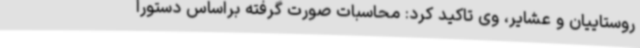
روستاییان و عشایر، وی تاکید کرد: محاسبات صورت گرفته براساس دستورا